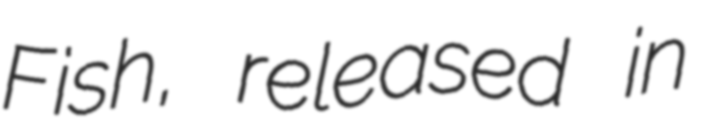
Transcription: Fish, released in